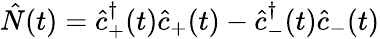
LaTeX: \hat{N}(t)=\hat{c}_{+}^{\dagger}(t)\hat{c}_{+}(t)-\hat{c}_{-}^{\dagger}(t)\hat{c}_{-}(t)